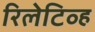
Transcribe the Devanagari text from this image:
रिलेटिव्ह